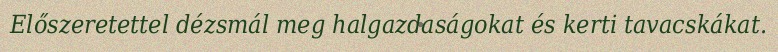
Előszeretettel dézsmál meg halgazdaságokat és kerti tavacskákat.